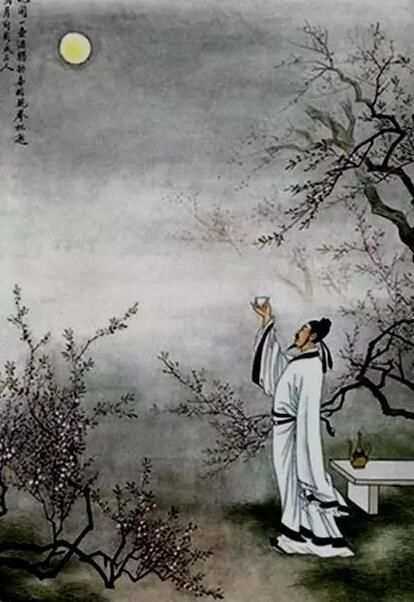
举头望明月，低头思故乡。